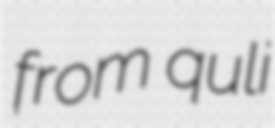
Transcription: from quli